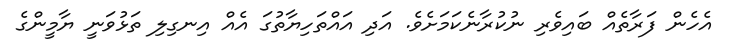
އެހެން ފަރާތެއް ބައިވެރި ނުކުރާނެކަމަށެވެ. އަދި އައްތަހިޔާތުގަ އެއް އިނގިލި ތަޅުވަނީ ޔާމީންގެ